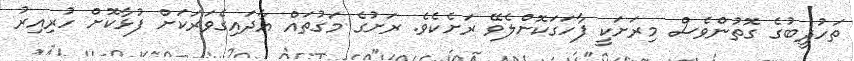
ތަހުޛީބުގެ ގޮތުންވެސް މިރަށަކީ ފާހަގަކޮށްލެވޭ ރަށެކެވެ. ރަށުގެ މަގުތައް އާދައިގެވަރަކަށް ފުޅާކޮށް ހުރިއިރު